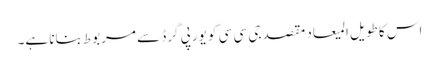
اس کا طویل المیعاد مقصد جی سی سی کو یورپی گرڈ سے مربوط بنانا ہے۔